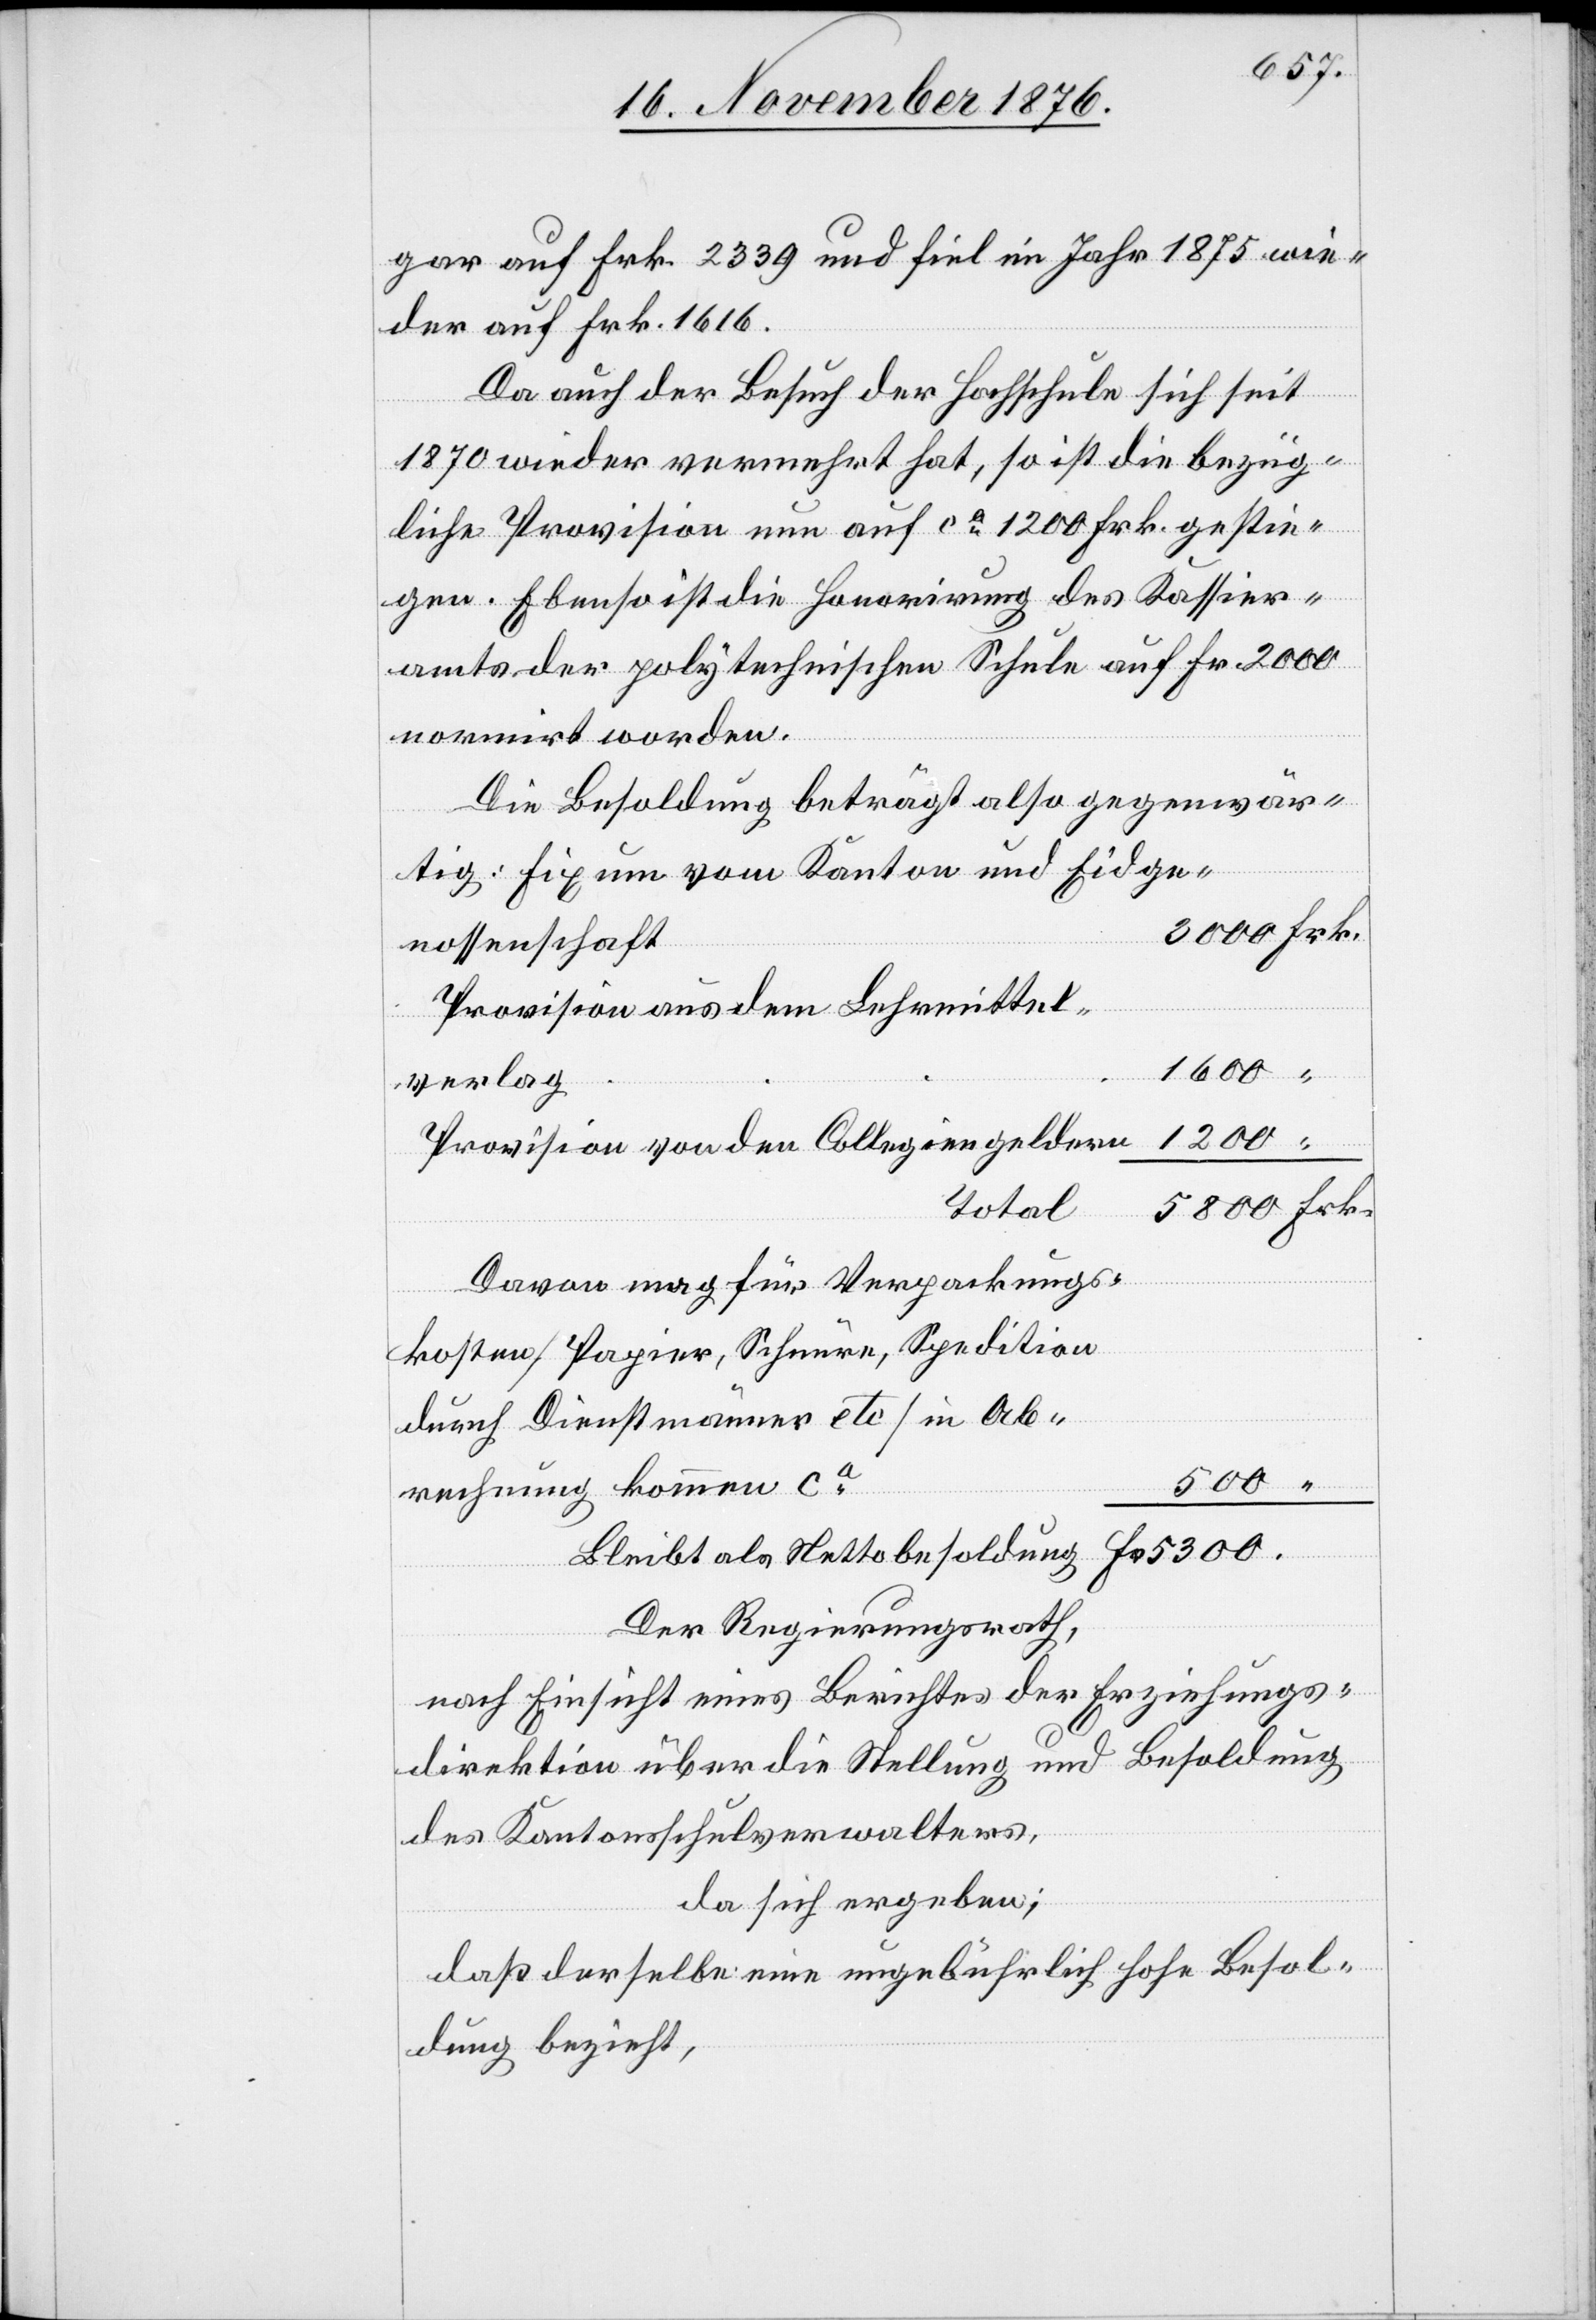
gar auf Frk. 2339 und fiel im Jahr 1875 wie¬
der auf Frk. 1616.
Da auch der Besuch der Hochschule sich seit
1870 wieder vermehrt hat, so ist die bezüg¬
liche Provision nun auf ca 1200 Frk. gestie¬
gen. Ebenso ist die Honorirung des Kassier¬
amts der polytechnischen Schule auf Fr. 2000
normirt worden.
Die Besoldung beträgt also gegenwär¬
Fr.
tig: Fixum vom Kanton und Eidge¬
nossenschaft
Provision aus dem Lehrmittel¬
1600
verlag
5300.
Provision von den Collegiengeldern
Total
Davon mag für Verpackungs¬
kosten [Papier, Schnüre, Spedition
durch Dienstmänner etc.] in Ab¬
rechnung kommen ca
“
Bleibt als Nettobesoldung
Der Regierungsrath,
nach Einsicht eines Berichtes der Erziehungs¬
direktion über die Stellung und Besoldung
des Kantonsschulverwalters,
da sich ergeben,
daß derselbe eine ungebührlich hohe Besol¬
dung bezieht,